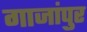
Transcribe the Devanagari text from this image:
गाजांपुर